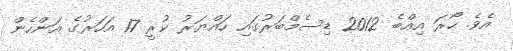
އެވެ. ހޯރަ އިއްބެ 2012 ޑިސެމްބަރުގައި ހައްޔަރު ކުރީ 17 އަހަރުގެ އަންހެން